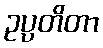
ဥပ္ပတိတာ